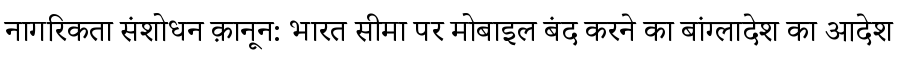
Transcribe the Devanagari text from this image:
नागरिकता संशोधन क़ानून: भारत सीमा पर मोबाइल बंद करने का बांग्लादेश का आदेश